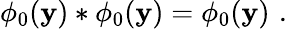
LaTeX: \phi_{0}(\mathbf{y})*\phi_{0}(\mathbf{y})=\phi_{0}(\mathbf{y})\, \, .